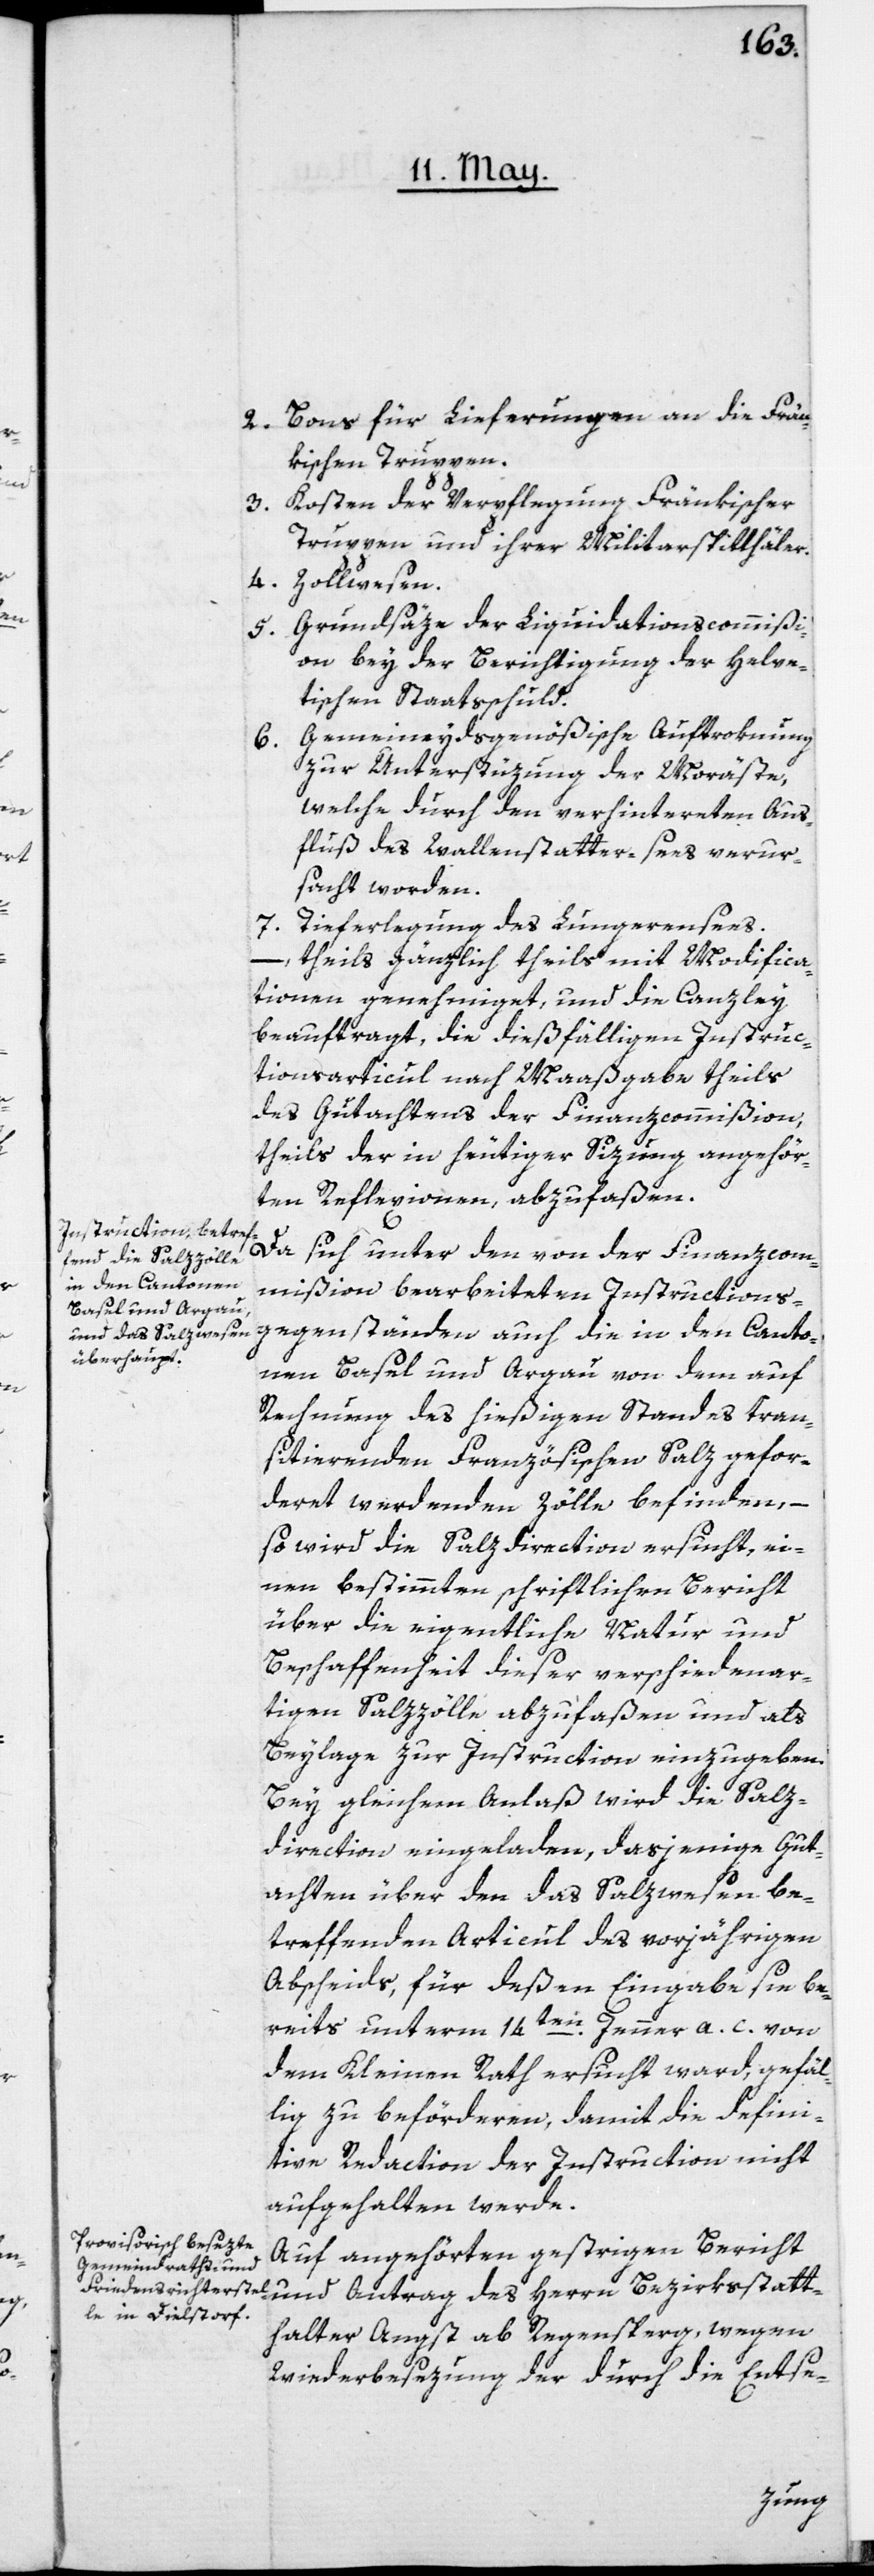
2. Bons für Lieferungen an die Frän¬
kischen Truppen.
3. Kosten der Verpflegung Fränkischer
Truppen und ihrer Militarspitthäler.
4.
Zollwesen.
Grundsäze der Liquidationscommißi¬
5.
on bey der Berichtigung der Helve¬
tischen Staatßchuld.
Gemeineydsgenößische Aufstokung
6.
zur Unterstüzung der Moräste,
welche durch den verhinderten Aus¬
fluß des Wallenstatter-Sees verur¬
sacht worden.
7. Tieferlegung des Lungerensees.
– theils gänzlich theils mit Modifica¬
tionen genehmiget, und die Canzley
beauftragt, die dießfälligen Instruc¬
tionsarticul nach Maaßgabe theils
des Gutachtens der Finanzcommißion,
theils der in heutiger Sizung angehör¬
ten Reflexionen, abzufaßen.
Da sich unter den von der Finanzcom¬
mißion bearbeiteten Instructions¬
gegenstände auch die in den Canto¬
nen Basel und Argau von dem auf
Rechnung des hießigen Standes tran¬
sitierenden Französischen Salz gefor¬
deret werdenden Zölle befinden, –
so wird die Salzdirection ersucht, ei¬
nen bestimmten schriftlichen Bericht
über die eigentliche Natur und
Beschaffenheit dieser verschiedenar¬
tigen Salzzölle abzufaßen und als
Beylage zur Instruction einzugeben.
Bey gleichem Anlaß wird die Salz¬
direction eingeladen, dasjenige Gut¬
achten über den das Salzwesen be¬
treffenden Articul des vorjährigen
Abscheids, für deßen Eingabe sie be¬
reits unterm 14ten Jenner a. c. von
dem Kleinen Rath ersucht ward, gefäl¬
lig zu beförderen, damit die defini¬
tive Redaction der Instruction nicht
aufgehalten werde.
Auf angehörten gestrigen Bericht
und Antrag des Herrn Bezirksstatt¬
halter Angst ab Regensperg, wegen
Wiederbesezung der durch die Entse-